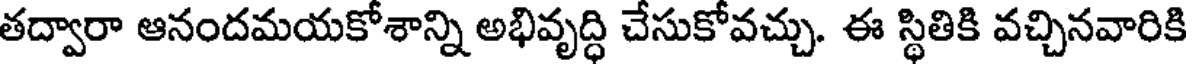
తద్వారా ఆనందమయకోశాన్ని అభివృద్ధి చేసుకోవచ్చు. ఈ స్థితికి వచ్చినవారికి